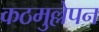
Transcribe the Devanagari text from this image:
कठमुल्लेपन